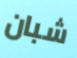
شبان